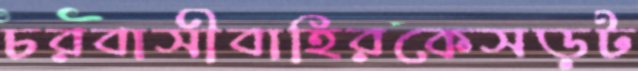
চরবাসীবাহিরকেসড়ট